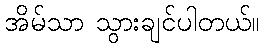
အိမ်သာ သွားချင်ပါတယ်။